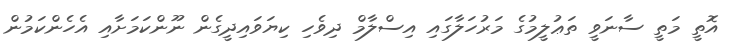
އޮތީ މަތީ ސާނަވީ ތަޢުލީމުގެ މަރުހަލާގައި އިސްލާމް ދިވެހި ކިޔަވައިދީގެން ނޫންކަމަށާއި އެހެންކަމުން